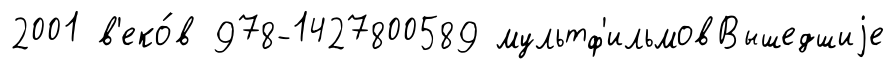
2001 в'еко́в 978-1427800589 мультф'ильмовВышедшиjе